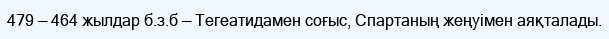
479 — 464 жылдар б.з.б — Тегеатидамен соғыс, Спартаның жеңуімен аяқталады.